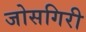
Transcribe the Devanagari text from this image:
जोसगिरी